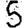
Digit: 5